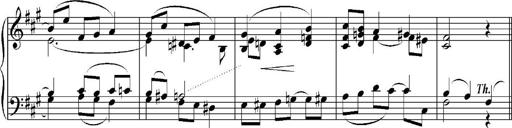
Title: Sonatina No.5
Composer: Otto Stoll
Key: F-sharp minor